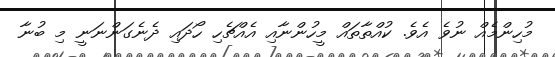
މުހިންމެއް ނުވެ އެވެ. ކުއްތާތައް މީހުންނާއި އެއްޗެހި ހޯދައި ދެނެގަންނަނީ މި ބުނާ